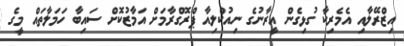
އިޒްރޭލާއި އެމެރިކާ ގުޅިގެން އީރާނުގެ ނިއުކްލިއާ ޕްރޮގްރާމަށް އަމާޒުކޮށް ސައިބާ ހަމަލާތައް މީގެ